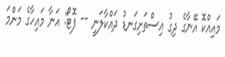
މައިއްކޮ އޭނާގެ ދިގު އިސްތަށިގަނޑު ދައްކާލަނީ -- ފޮޓޯ: އަނާ މައިހާގެ މަންމަ